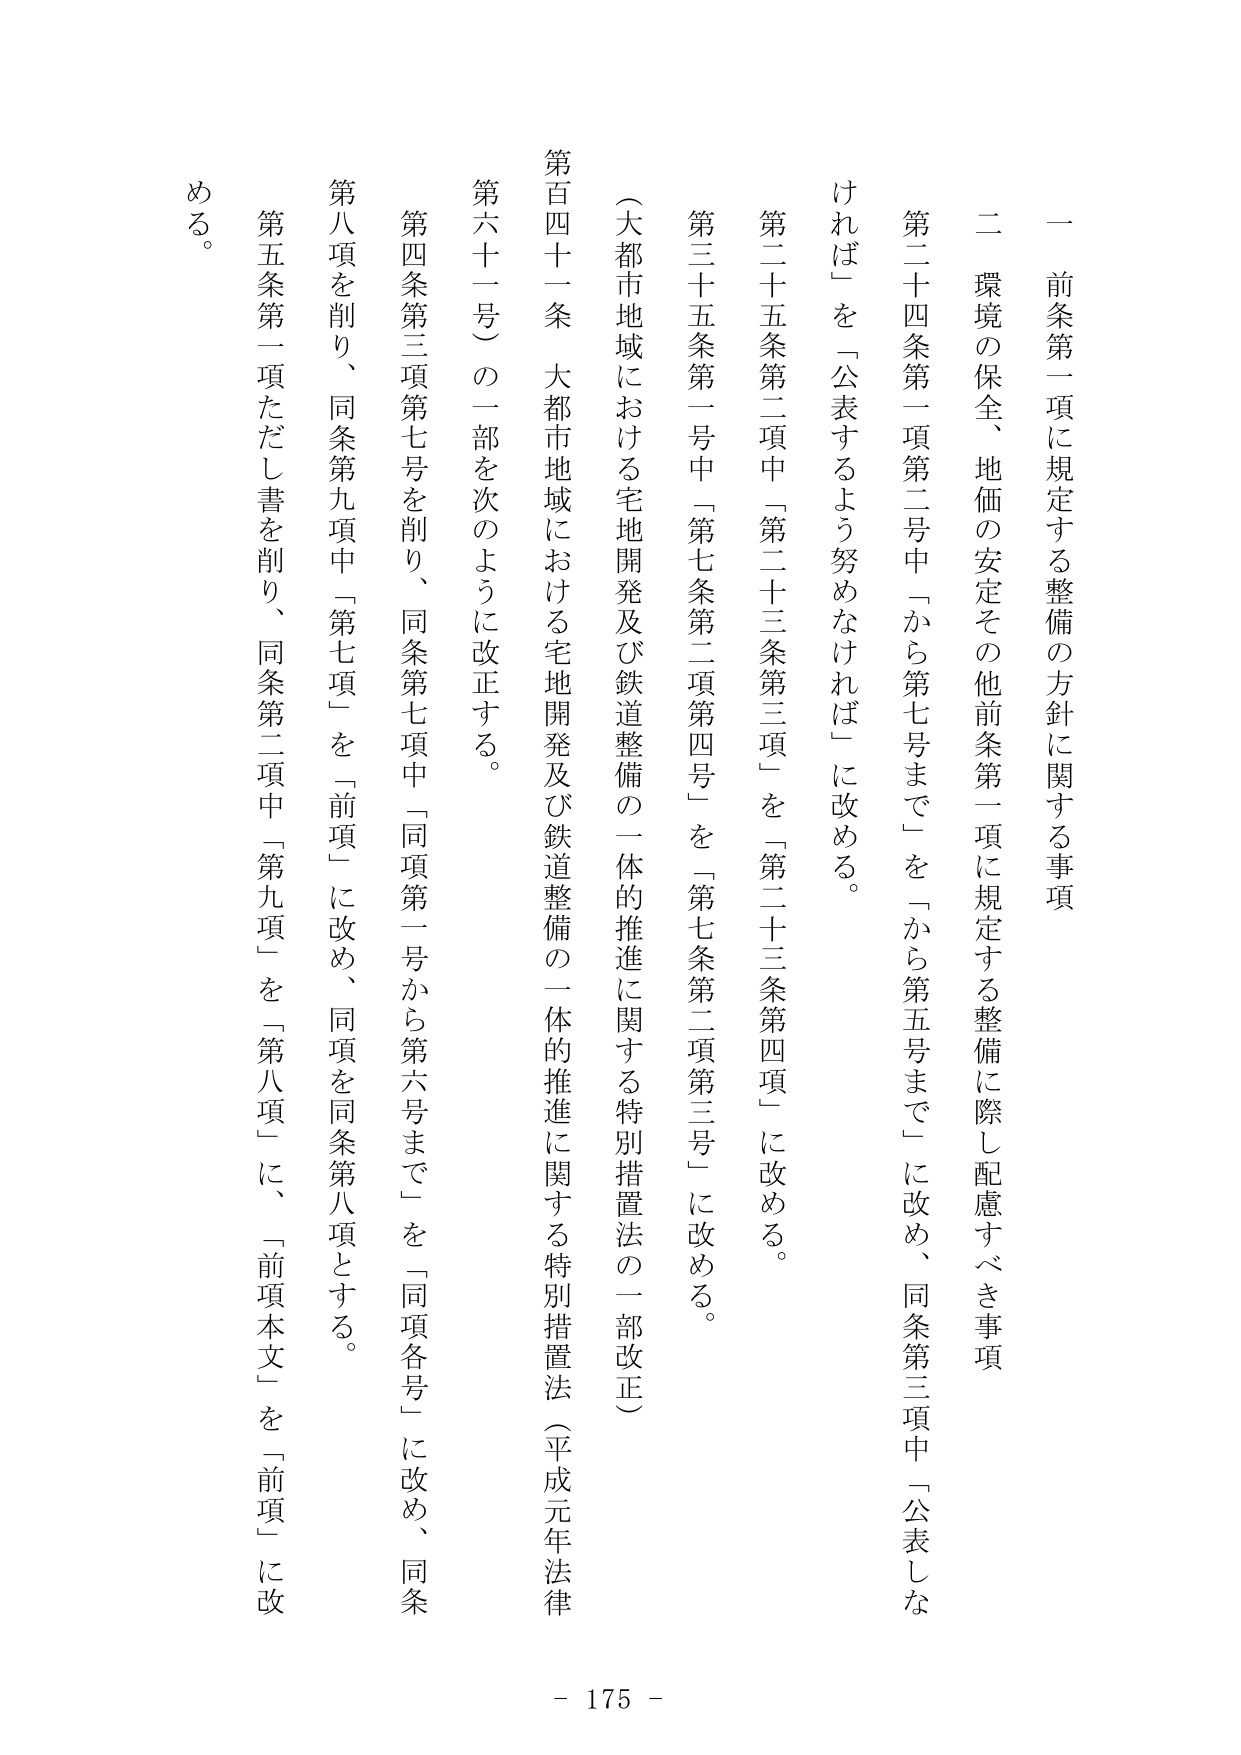
一 前条第一項に規定する整備の方針に関する事項

二 環境の保全、地価の安定その他前条第一項に規定する整備に際し配慮すべき事項

第二十四条第一項第二号中「から第七号まで」を「から第五号まで」に改め、同条第三項中「公表しなければ」を「公表するよう努めなければ」に改める。

第二十五条第二項中「第二十三条第三項」を「第二十三条第四項」に改める。

第三十五条第一号中「第七条第二項第四号」を「第七条第二項第三号」に改める。

（大都市地域における宅地開発及び鉄道整備の一体的推進に関する特別措置法の一部改正）

第百四十一条 大都市地域における宅地開発及び鉄道整備の一体的推進に関する特別措置法（平成元年法律第六十一号）の一部を次のように改正する。

第四条第三項第七号を削り、同条第七項中「同項第一号から第六号まで」を「同項各号」に改め、同条第八項を削り、同条第九項中「第七項」を「前項」に改め、同項を同条第八項とする。

第五条第一項ただし書を削り、同条第二項中「第九項」を「第八項」に、「前項本文」を「前項」に改める。